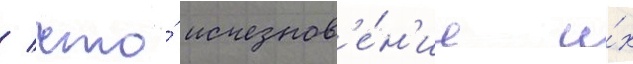
/ что́ исчезнов'е́н'ие и́х